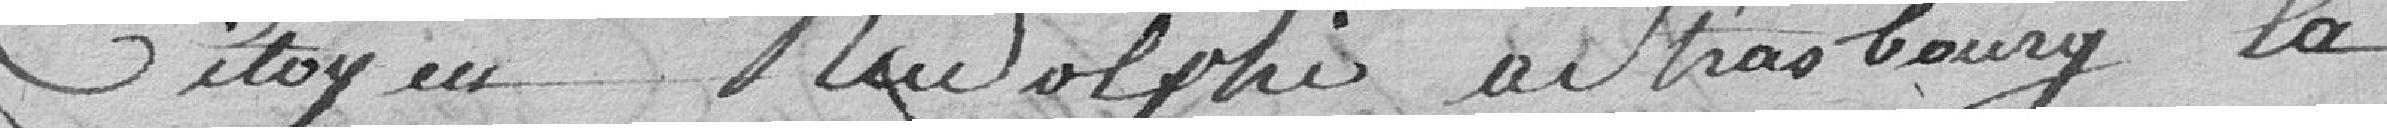
citoyen Rudolphe à Strasbourg